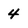
Character: 4